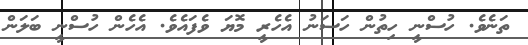
ތަނެވެ. ހުސްނީ ހިތުން ހަސަނު އެހެރީ މޮޔަ ވެފައެވެ. އެހެން ހުސްނީ ބަލަން